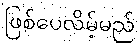
ဖြစ်ပေလိမ့်မည်